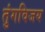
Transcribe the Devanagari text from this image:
तुंगविजय